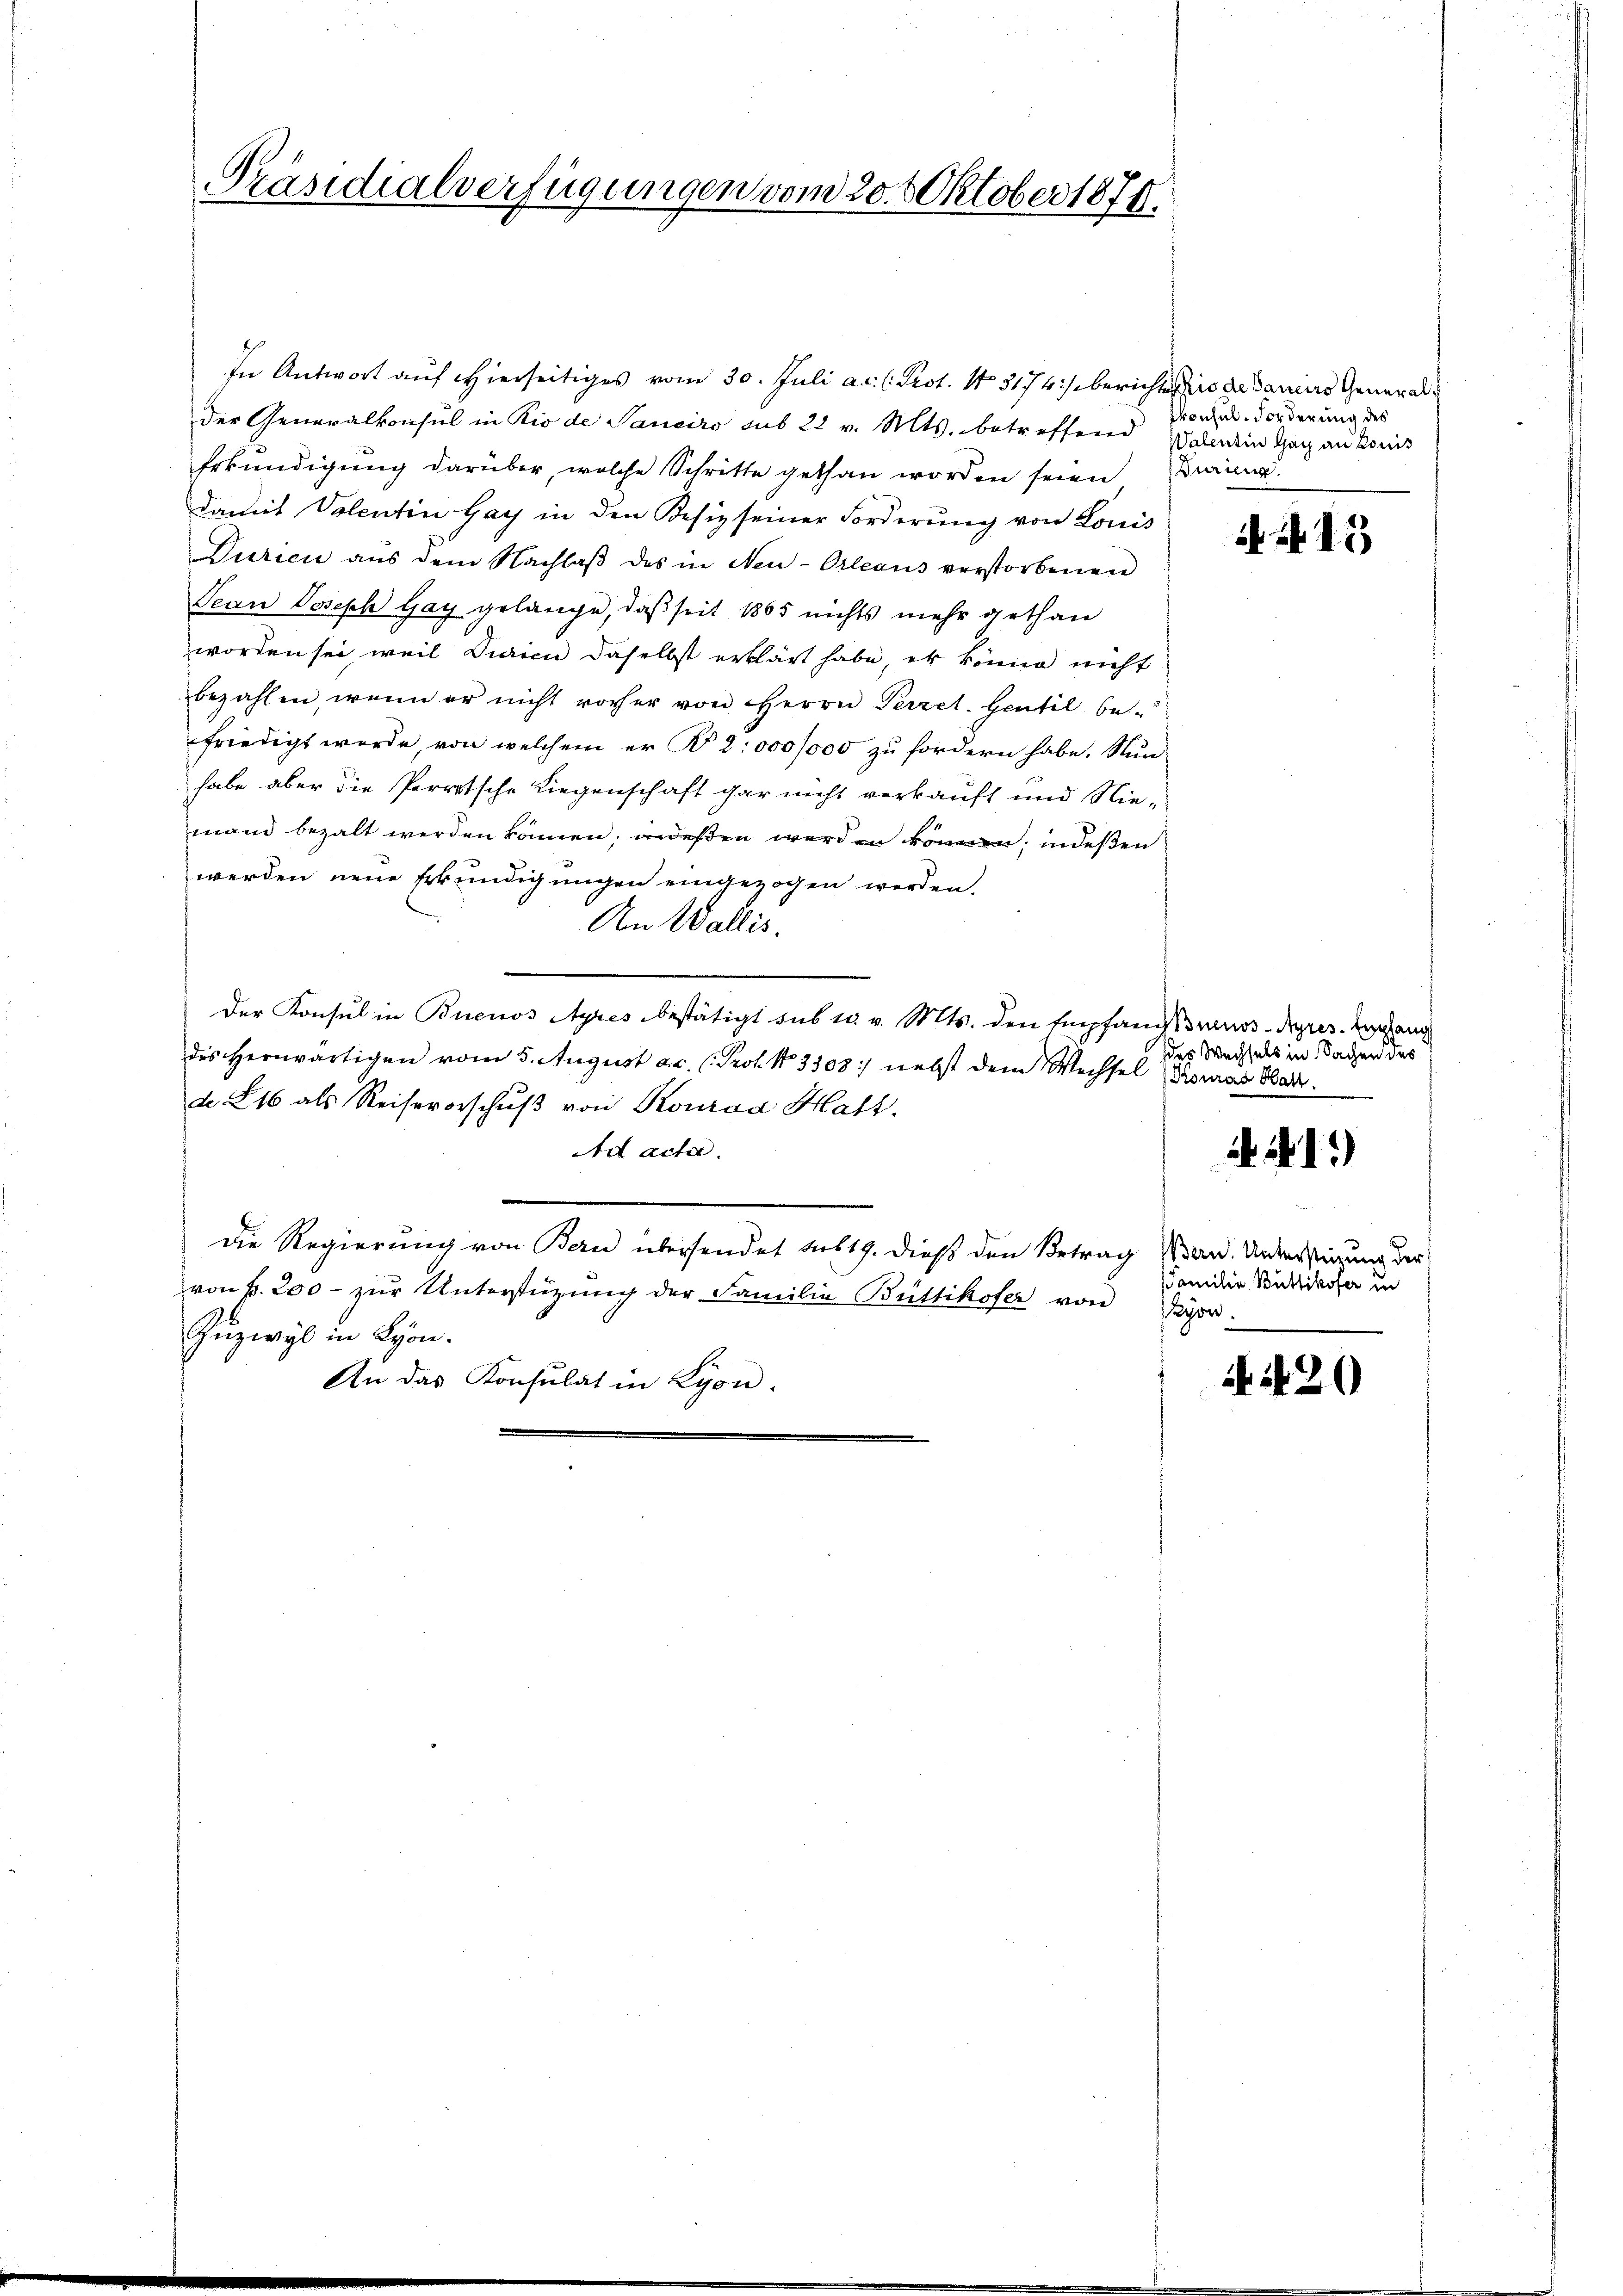
Präsidialverfügungen vom 20. Oktober 1879.

In Antwort auf Hierseitiges vom 30. Juli a. c. l. Prot. 13174:/ berichtes der Daniers Generalder Generalkonsul in Rio de Saneiro aus 22 v. Mts. betreffend Valentin Gar autoris
Erkundigung darüber, welche Schritte gethan worden seien Kandamit Volentin Gay in den Besiz seiner Forderung von Louis
Durien aŭs dem Nachlaβ des in Neu-Orleans verstorbenen
Jean Joseph Gay gelange, daß seit 1865 nichts mehr gethan
worden sei weil Duaicu daselbst erklärt habe, es könne nicht
bezahlen, wenn er nicht vorher von Herrn Perzet. Gentil be-
friedigt werde, von welchem er § 2: 000,000 zu fordern habe. Nun
habe aber die Perrotsche Liegenschaft gar nicht verkauft und Niemand bezalt werden können, indeßen wird in indeßen
werden neue Erkundigungen eingezogen werden.
An Wallis.
Der Konsul in Buenos Ayres bestätigt sub u. v. Mts. den Empfandsgenos-Depres. Aargang
des Herwärtigen vom 5. August a.c. (Prot. No 3303:) nebst dem Wechsel (Promas Bade
de 16 als Reisevorschuß von Konrad Hatt.
Ail acta.
Die Regierung von Bern übersendet sub 19. dieß den Betrag an. Unterstützung der
von fr. 200 - zur Unterstützung der Familie Büttikofer von Nyon.
Zuzwyl in Lyon.
An das Konsulat in Lyon-

Konsul Forderung des

N. 15

des Wechsels in Sachen des

1.)

Familie Büttikofer in

120